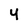
Character: 4